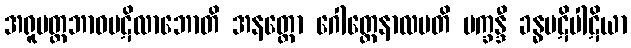
အရူပတ္တဘာဝပဋိလာဘောတိ အနတ္ထော ဂေါတ္တေနာလပတိ ပက္ခန္ဒီ ခန္ဓပဋိပါဋိယာ